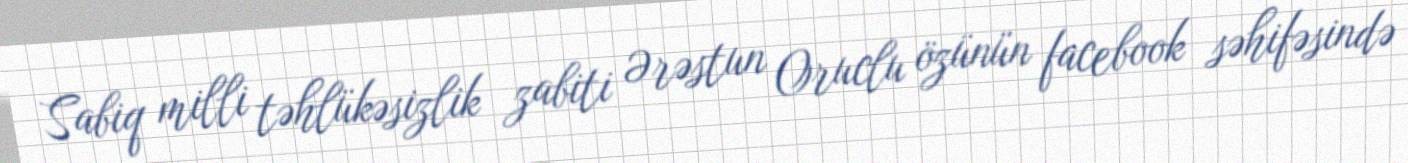
Sabiq milli təhlükəsizlik zabiti Ərəstun Oruclu özünün facebook səhifəsində